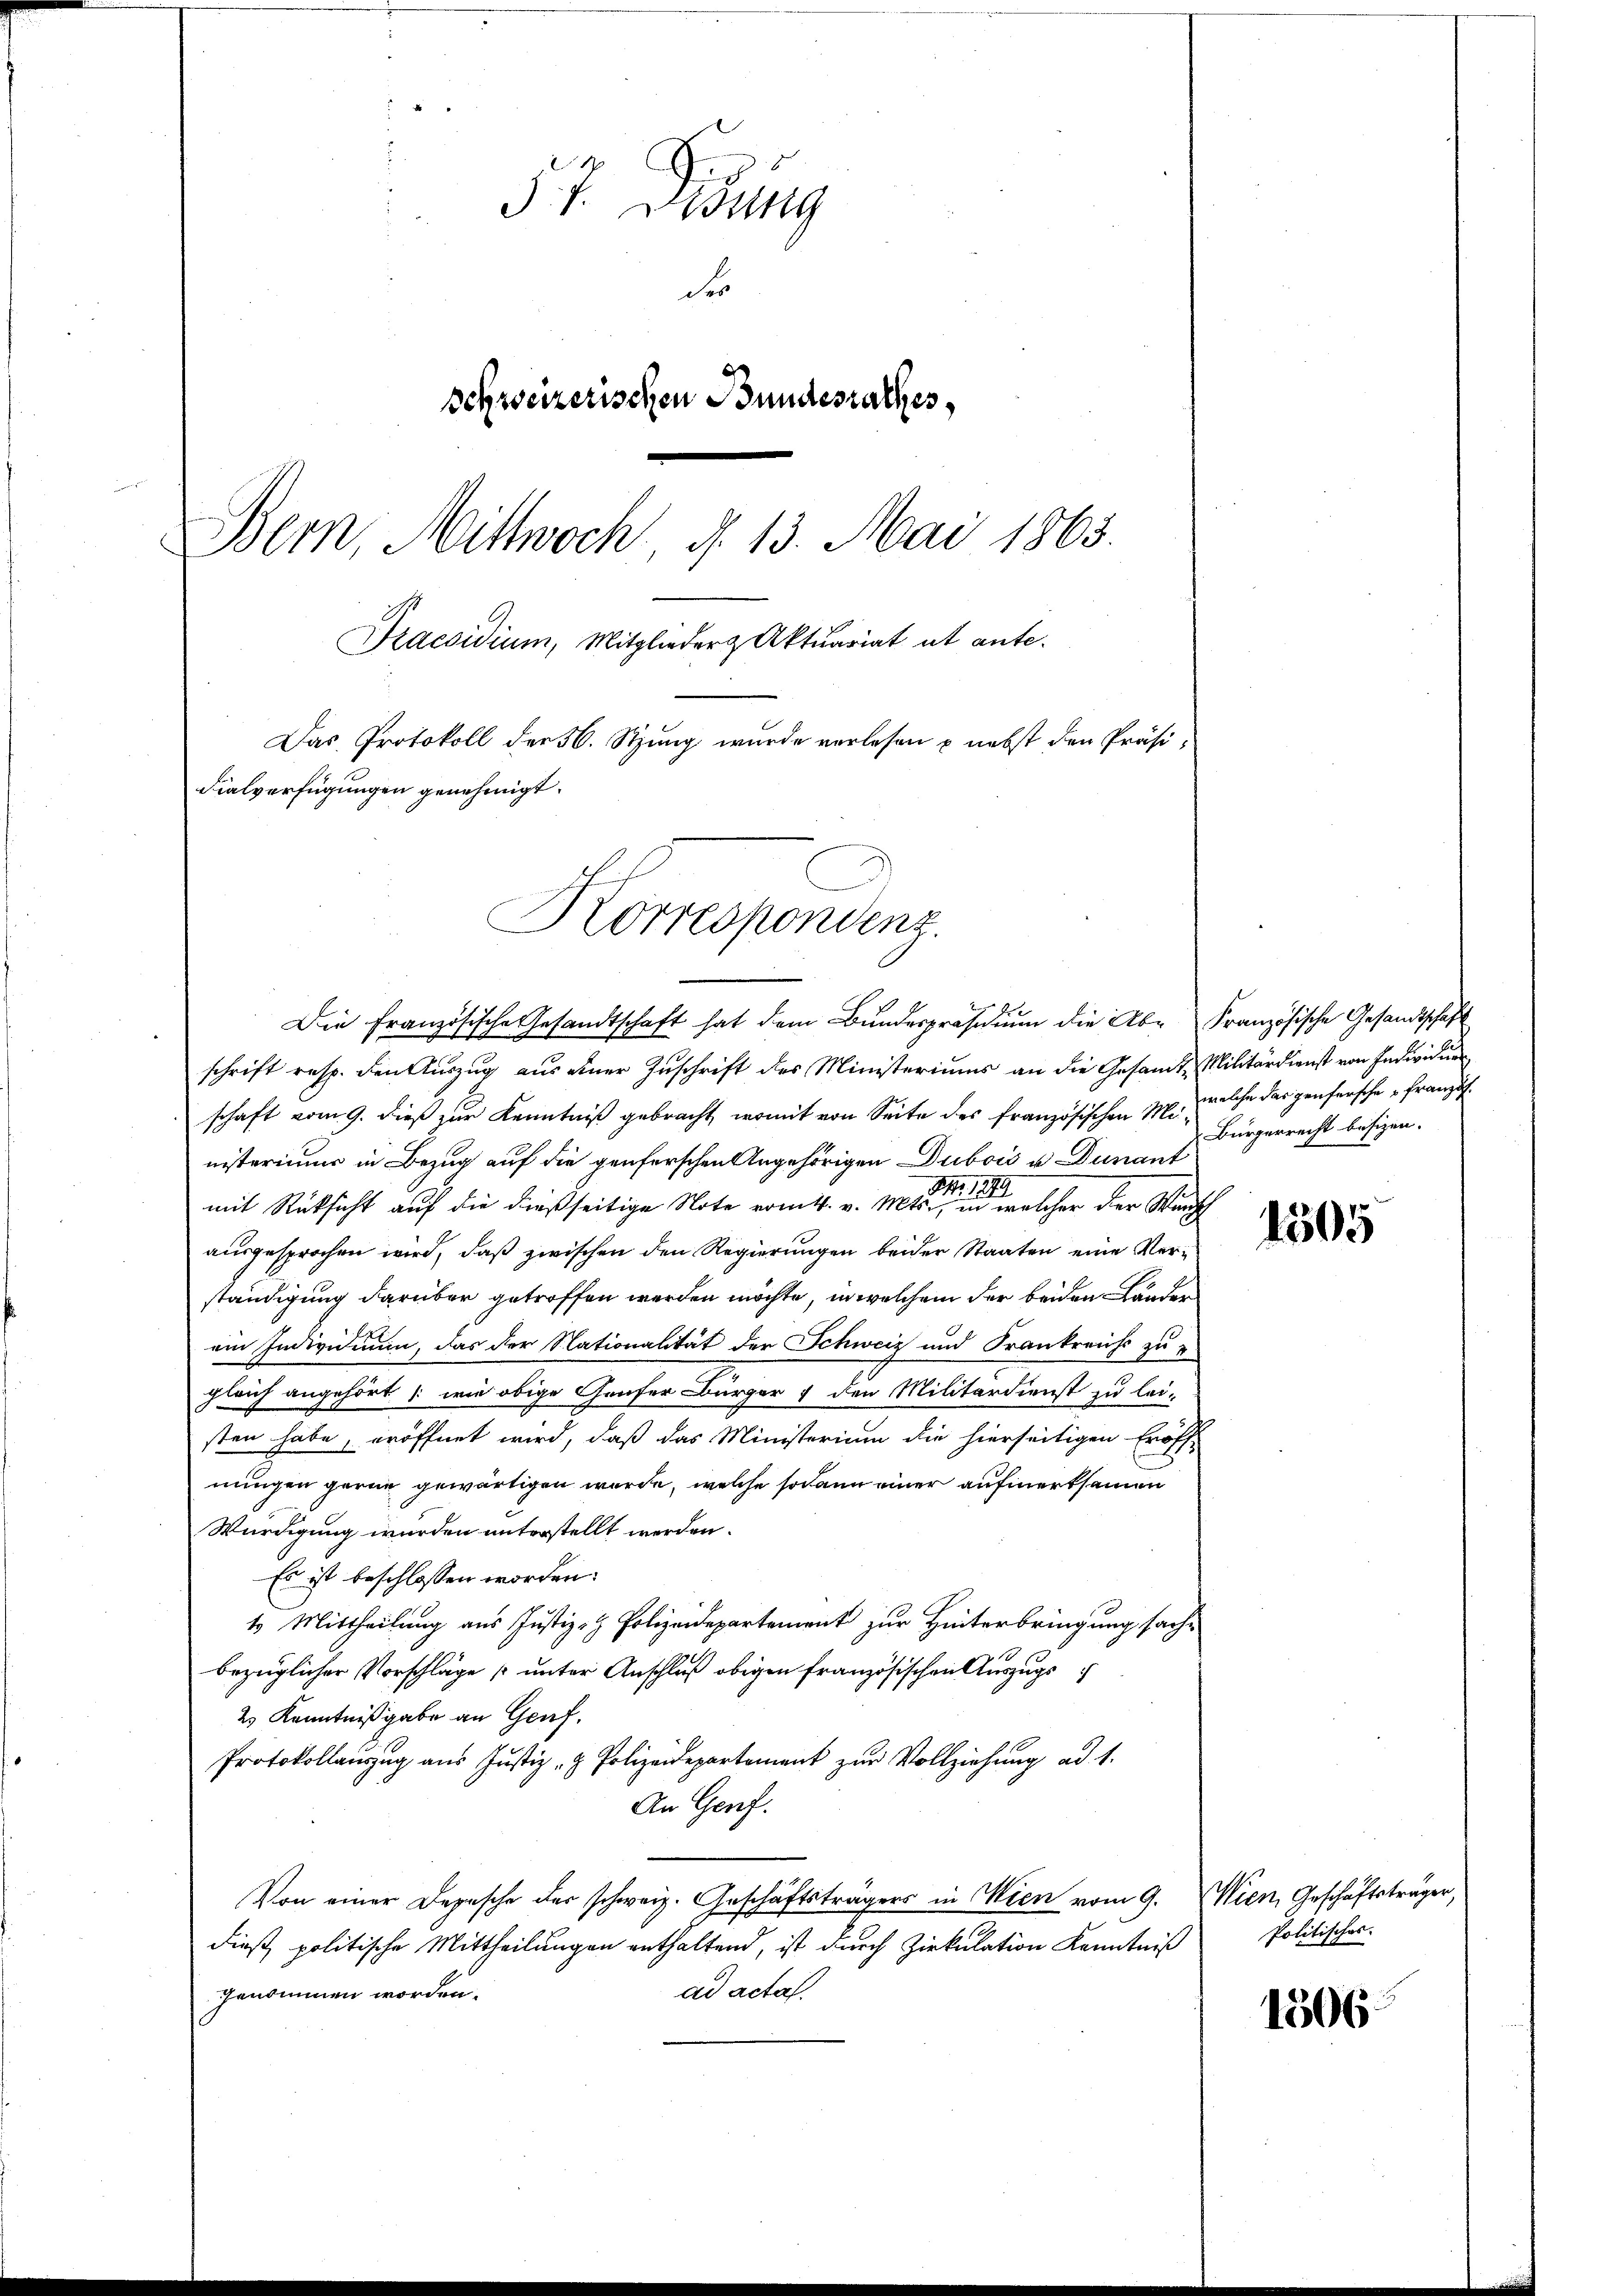
i
57. Disung
S
schweizerischen Bundesrathes,
Bern, Mittwoch, d. 13. Mai 1863.
Draesidium, Mitglieder & Aktuariat et ante.
Das Protokoll der 56. Stzung wurde vorlesen u. nebst den Präsi¬
Fialverfügungen genehmigt.
Korrespondenz.

schrift resp. den Auszug aus einer Zuschrift des Ministeriums an die Gesandte Militärdienst von Individue
schaft vom 9. dieß zur Kenntniß gebracht, womit von Seite des französischen M. welche der genersche Franz f
nisteriums in Bezug auf die genferschen Angehörigen Dubois u. Dunant
Nr. 1879
mit Rücksicht auf die dießseitige Note vom 4. v. Mts., in welcher der Wunsch
ausgesprochen wird, daß zwischen den Regierungen beider Staaten eine Verständigung darüber getroffen werden möchte, in welchem der beiden Länder
ein Individuum, das der Nationalität der Schweiz und Frankreichs zu
ehört (wie obige Hauser Bürger 7 den Militärdienst zu lei-
gleich angesten habe, eröffnet wird, daß das Ministerium die hierseitigen Eröff-
nungen gerne gewärtigen wurde, welche sodann einer aufmerksamen
Würdigung wurden unterstellt werden.
Es ist beschlossen worden.
1 Mittheilung aus Justiz- & Polizeidepartement zur Hinterbringung sachbezüglicher Vorschläge unter Anschluß obigen französischen Auszugs¬
2.) Kenntnißgabe an Genf.
Protokollauszug aus Justiz- & Polizeidepartement zur Vollziehung ad 1.
An Genf.
Von einer Depesche der schweiz. Geschäftsträgers in Wien vom 9. Wien, Geschäftsträger,
dieß politische Mittheilungen enthaltend, ist durch Zirkulation Kenntniß
ad acta.
genommen worden.

Die Französische Gesandtschaft hat dem Bundespräsidium die Ab- Französische Gesandtschaft

Bürgerrecht besizen.

1505

Politisches.

1506